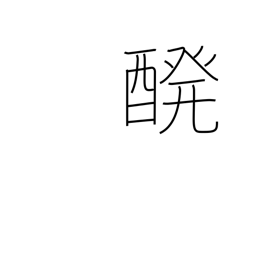
Meaning: brewing